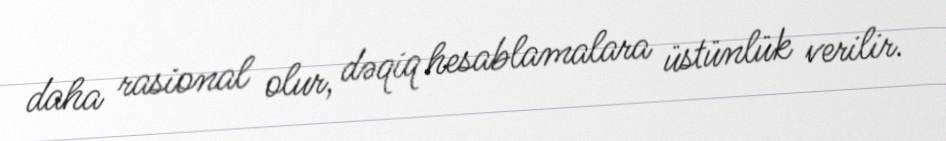
daha rasional olur, dəqiq hesablamalara üstünlük verilir.